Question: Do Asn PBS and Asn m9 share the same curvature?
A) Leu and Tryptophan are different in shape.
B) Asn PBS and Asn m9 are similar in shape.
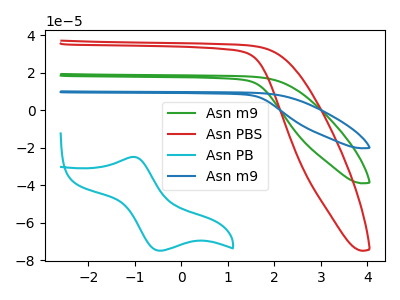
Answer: <think>The green curve "Asn m9" has no peaks. The red curve "Asn PBS" has no peaks. The cyan curve "Asn PB" has an anodic peak at (-1.00V, -24.90uA) and a cathodic peak at (-0.45V, -74.95uA). The blue curve "Asn m9" has no peaks.
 Neither "Asn PBS" or "Asn m9" have any peaks.</think>
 <answer>B) "Asn PBS" and "Asn m9" are similar in shape.</answer>
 <eval>B</eval>